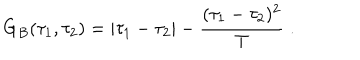
G _ { B } ( \tau _ { 1 } , \tau _ { 2 } ) = | \tau _ { 1 } - \tau _ { 2 } | - { \frac { ( \tau _ { 1 } - \tau _ { 2 } ) ^ { 2 } } { T } } \; .